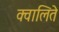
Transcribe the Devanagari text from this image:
क्वालिते